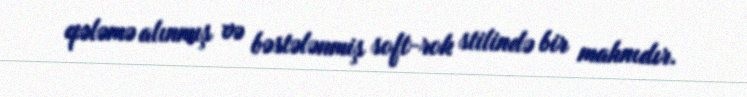
qələmə alınmış və bəstələnmiş soft-rok stilində bir mahnıdır.